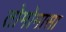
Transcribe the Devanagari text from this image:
तोमोमासा